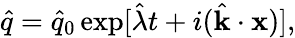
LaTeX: \hat{q}=\hat{q}_{0}\exp[\hat{\lambda}t+i(\hat{\mathbf{k}}\cdot\mathbf{x})],